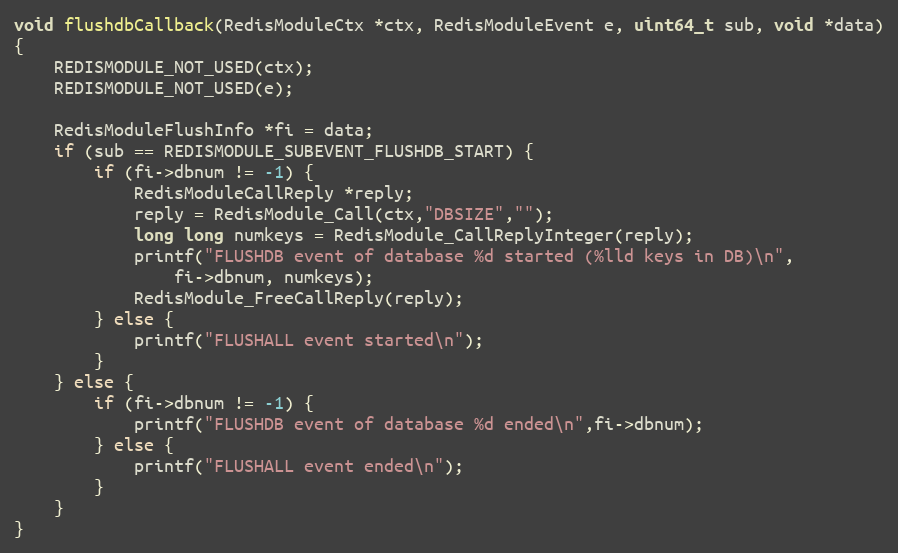
Language: C
void flushdbCallback(RedisModuleCtx *ctx, RedisModuleEvent e, uint64_t sub, void *data)
{
    REDISMODULE_NOT_USED(ctx);
    REDISMODULE_NOT_USED(e);

    RedisModuleFlushInfo *fi = data;
    if (sub == REDISMODULE_SUBEVENT_FLUSHDB_START) {
        if (fi->dbnum != -1) {
            RedisModuleCallReply *reply;
            reply = RedisModule_Call(ctx,"DBSIZE","");
            long long numkeys = RedisModule_CallReplyInteger(reply);
            printf("FLUSHDB event of database %d started (%lld keys in DB)\n",
                fi->dbnum, numkeys);
            RedisModule_FreeCallReply(reply);
        } else {
            printf("FLUSHALL event started\n");
        }
    } else {
        if (fi->dbnum != -1) {
            printf("FLUSHDB event of database %d ended\n",fi->dbnum);
        } else {
            printf("FLUSHALL event ended\n");
        }
    }
}